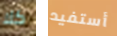
كلا أستفيد